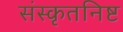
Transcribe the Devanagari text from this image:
संस्कृतनिष्ट